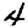
Digit: 4